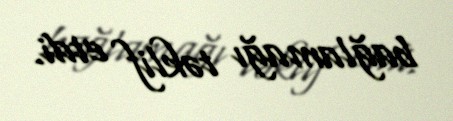
bağlamağı təklif etdi.